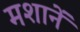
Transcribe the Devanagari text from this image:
मशानें